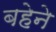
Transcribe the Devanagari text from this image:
बहेने